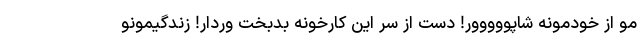
مو از خودمونه شاپووووور! دست از سر این کارخونه بدبخت وردار! زندگیمونو